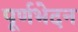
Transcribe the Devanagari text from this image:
पूर्णभेदन